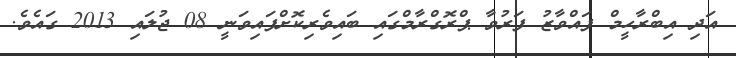
އަދި އިބްރާހީމް ފައްވާޒު ފަރުވާ ޕްރޮގްރާމްގައި ބައިވެރިކޮށްފައިވަނީ 08 ޖުލައި 2013 ގައެވެ.